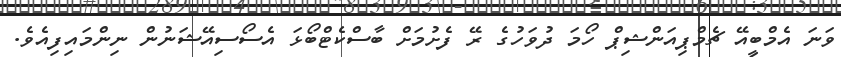
ވަނަ އެމްބީއޭ ޗެމްޕިއަންޝިޕް ހޯމަ ދުވަހުގެ ރޭ ފެށުމަށް ބާސްކެޓްބޯޅަ އެސޯސިއޭޝަނުން ނިންމައިފިއެވެ.